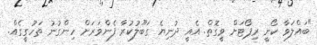
"ބައްލަވާ ކޯނީ ރިޕޯޓަށް ވީގޮތް. އެއީ ދުނިޔެ ގަބޫލުކުރާ ފެންވަރަށް ހިންގުނު ތަހުގީގެއް.